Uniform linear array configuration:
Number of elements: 8
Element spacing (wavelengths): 0.75
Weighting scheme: uniform
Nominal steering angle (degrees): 60
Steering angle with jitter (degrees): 58.329
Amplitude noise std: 0.05
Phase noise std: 0.05

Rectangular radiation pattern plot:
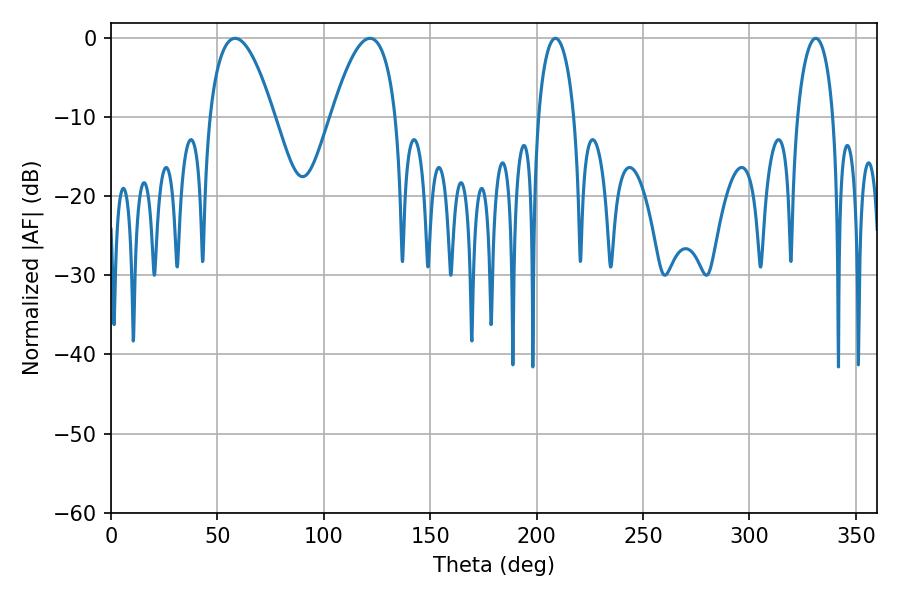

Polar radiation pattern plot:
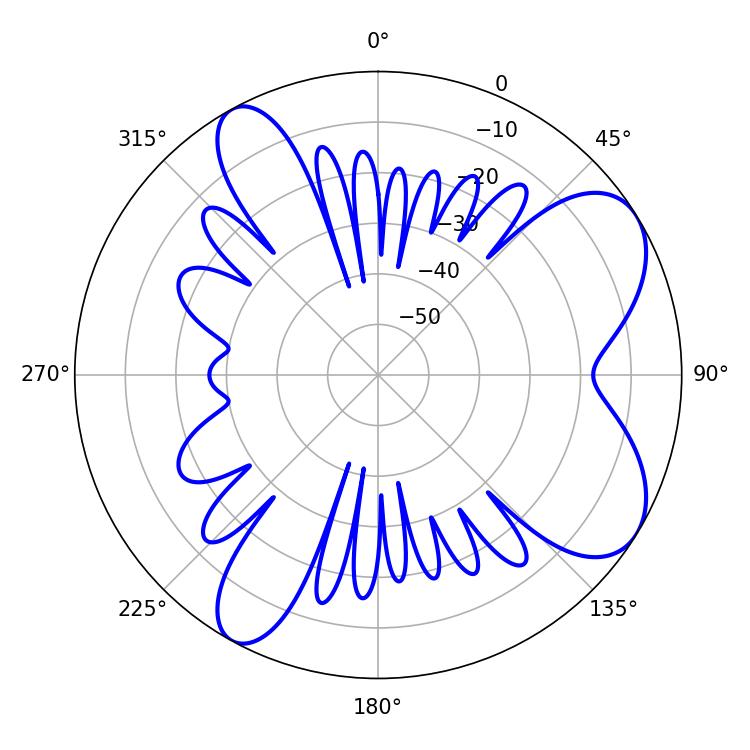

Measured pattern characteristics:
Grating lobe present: TRUE
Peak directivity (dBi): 7.4
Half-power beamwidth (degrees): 16.74
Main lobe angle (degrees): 58.32